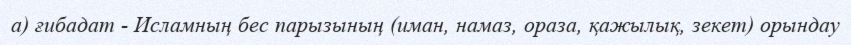
а) ғибадат - Исламның бес парызының (иман, намаз, ораза, қажылық, зекет) орындау